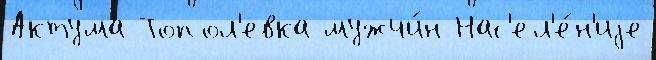
Актума Топол'евка мужчи́н Нас'ел'е́н'иjе